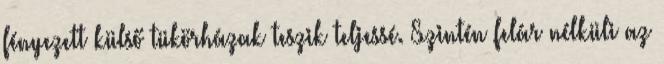
fényezett külső tükörházak teszik teljessé. Szintén felár nélküli az